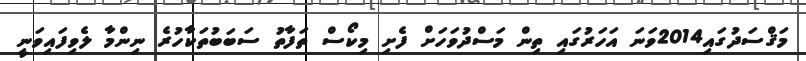
މަޤްސަދުގައި2014ވަނަ އަހަރުގައި ތިން މަސްދުވަހަށް ފެށި މިކޯސް ތަފާތު ސަބަބުތަކާހުރެ ނިންމާ ލެވިފައިވަނީ